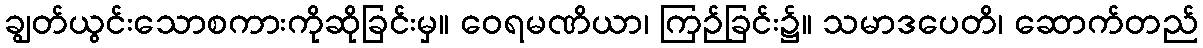
ချွတ်ယွင်းသောစကားကိုဆိုခြင်းမှ။ ဝေရမဏိယာ၊ ကြဉ်ခြင်း၌။ သမာဒပေတိ၊ ဆောက်တည်